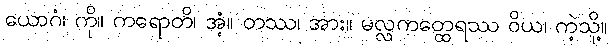
ယောဂံ၊ ကို။ ကရောတိ၊ အံ့။ တဿ၊ အား။ မလ္လကတ္ထေရဿ ဝိယ၊ ကဲ့သို့။